Scottish Leaving Certificate Examination, 1959
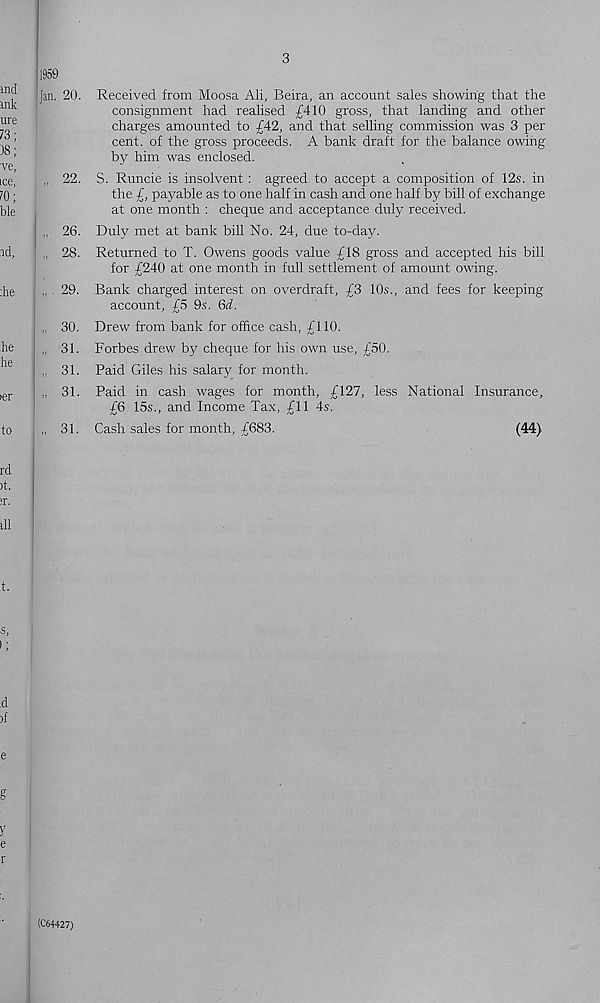
1959
Jan. 20.
3
Received from Moosa Ali, Beira, an account sales showing that the
consignment had reahsed £410 gross, that landing and other
charges amounted to £42, and that selling commission was 3 per
cent, of the gross proceeds. A bank draft for the balance owing
by him was enclosed.
22. S. Runcie is insolvent : agreed to accept a composition of 12s. in
the £, payable as to one half in cash and one half by bill of exchange
at one month : cheque and acceptance duly received.
26. Duly met at bank bill No. 24, due to-day.
28. Returned to T. Owens goods value £18 gross and accepted his bill
for £240 at one month in full settlement of amount owing.
29. Bank charged interest on overdraft, £3 10s., and fees for keeping
account, £5 9s. Qd.
30. Drew from bank for office cash, £110.
31. Forbes drew by cheque for his own use, £50.
31. Paid Giles his salary for month.
31. Paid in cash wages for month, £127, less National Insurance,
£6 15s., and Income Tax, £11 4s.
31. Cash sales for month, £683.
(44)
(C64427)